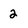
Character: 2